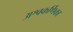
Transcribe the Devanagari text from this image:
अश्वकर्णिका